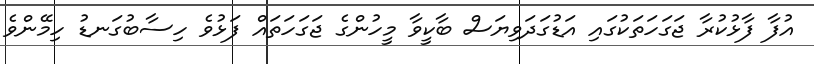
އުފާ ފާޅުކުރާ ޖަގަހަތަކުގައި އަޑުގަދަވިޔަސް ބާކީވާ މީހުންގެ ޖަގަހަތައް ފަޅުވެ ހިސާބުގަނޑު ހިމޭންވެ